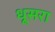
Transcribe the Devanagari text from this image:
धूसरा